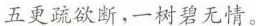
五更疏欲断，一树碧无情。